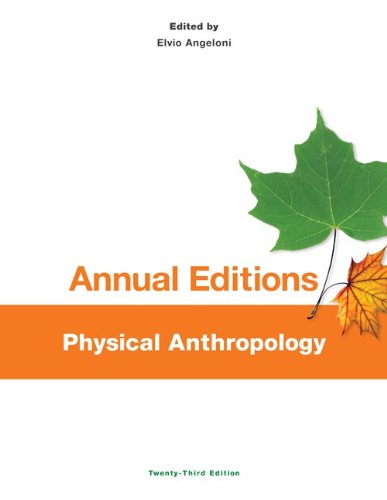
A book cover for Annual Editions: Physical Anthropology, 23/e; Elvio Angeloni; Politics & Social Sciences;